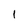
Character: 1